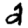
Digit: 2